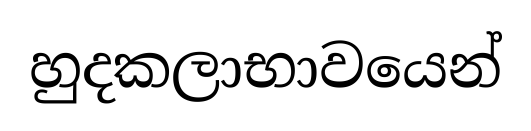
හුදකලාභාවයෙන්